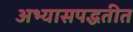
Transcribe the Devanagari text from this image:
अभ्यासपद्धतीत